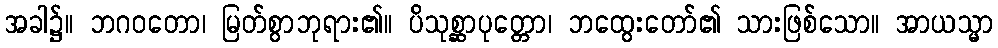
အခါ၌။ ဘဂဝတော၊ မြတ်စွာဘုရား၏။ ပိသုစ္ဆာပုတ္တော၊ ဘထွေးတော်၏ သားဖြစ်သော။ အာယသ္မာ